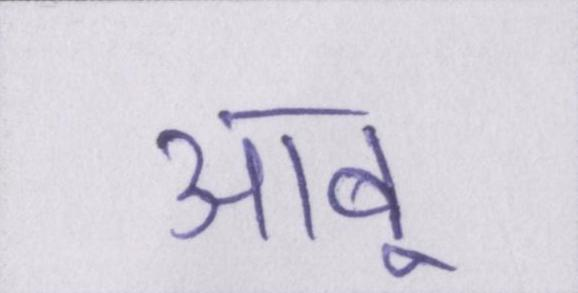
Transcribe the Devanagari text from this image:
आबू